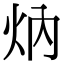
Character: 㶧